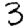
Digit: 3